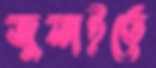
জুলাইতে